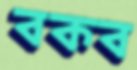
বকব